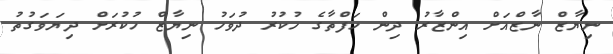
ނިޔާޒް ނާޒްއަށް އިންޒާރު ދިން ހަފްތާގެ ހުކުރު ދުވަހު ނިޔާޒް ހުކުރަށް ދިޔަވަގުތު